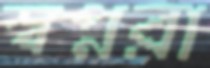
স্বপ্নরা